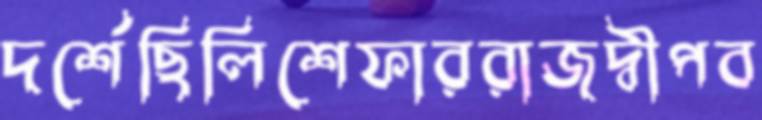
দর্শেছিলিশেফাররাজদ্বীপব